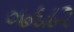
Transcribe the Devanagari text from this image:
०७६८२